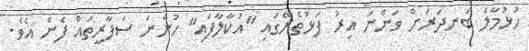
ހުޅުމާލެ ބަނދަރަށް ވަންނަ އިރު ފަޅުތެރޭގައި "އުކާލާފައި" ހުންނަ ސަފާރީތައް ފެނެ އެވެ.